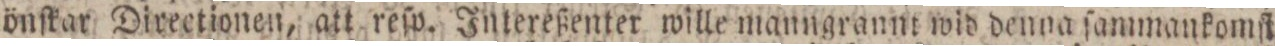
önſkar Directionen, att reſp. Intereßenter wille manngrannt wid denna ſammankomſt